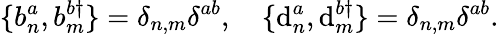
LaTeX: \{ b_{n}^{a},b_{m}^{b\dagger}\} =\delta_{n,m}\delta^{ab},\quad\{ \mathrm{d}_{n}^{a},\mathrm{d}_{m}^{b\dagger}\} =\delta_{n,m}\delta^{ab}.